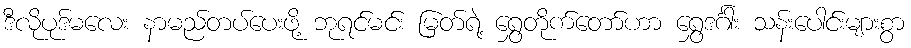
ဒီလိုပုဒ်မလေး နာမည်တပ်ပေးဖို့ ဘုရင်မင်း မြတ်ရဲ့ ရွှေတိုက်တော်ဟာ ရွှေဒင်္ဂါး သန်းပေါင်းများစွာ